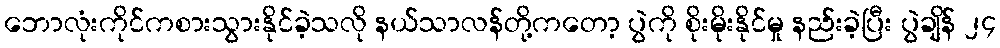
ဘောလုံးကိုင်ကစားသွားနိုင်ခဲ့သလို နယ်သာလန်တို့ကတော့ ပွဲကို စိုးမိုးနိုင်မှု နည်းခဲ့ပြီး ပွဲချိန် ၂၄